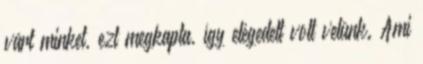
várt minket, ezt megkapta, így elégedett volt velünk. Ami